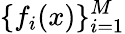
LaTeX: \{ f_{i}(x)\} _{i=1}^{M}